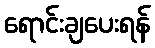
ရောင်းချပေးရန်